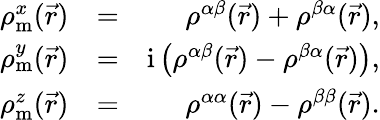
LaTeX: \begin{array}{rlr}{\rho_{\textrm{m}}^{x}(\vec{r})}&{=}&{\rho^{\alpha\beta}(\vec{r})+\rho^{\beta\alpha}(\vec{r}),}\\ {\rho_{\textrm{m}}^{y}(\vec{r})}&{=}&{\mathrm{i}\left(\rho^{\alpha\beta}(\vec{r})-\rho^{\beta\alpha}(\vec{r})\right),}\\ {\rho_{\textrm{m}}^{z}(\vec{r})}&{=}&{\rho^{\alpha\alpha}(\vec{r})-\rho^{\beta\beta}(\vec{r}).}\end{array}